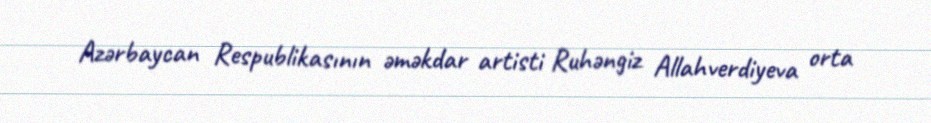
Azərbaycan Respublikasının əməkdar artisti Ruhəngiz Allahverdiyeva orta